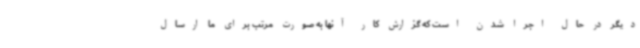
دیگر در حال اجرا شدن است که گزارش کار آنها به صورت مرتب برای ما ارسال